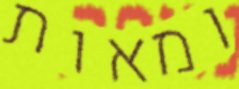
ומאות